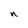
Character: n